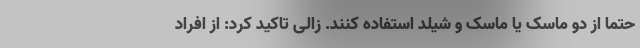
حتماً از دو ماسک یا ماسک و شیلد استفاده کنند. زالی تاکید کرد: از افراد